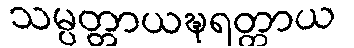
သမ္ပတ္တာယဍ္ဎရတ္တာယ